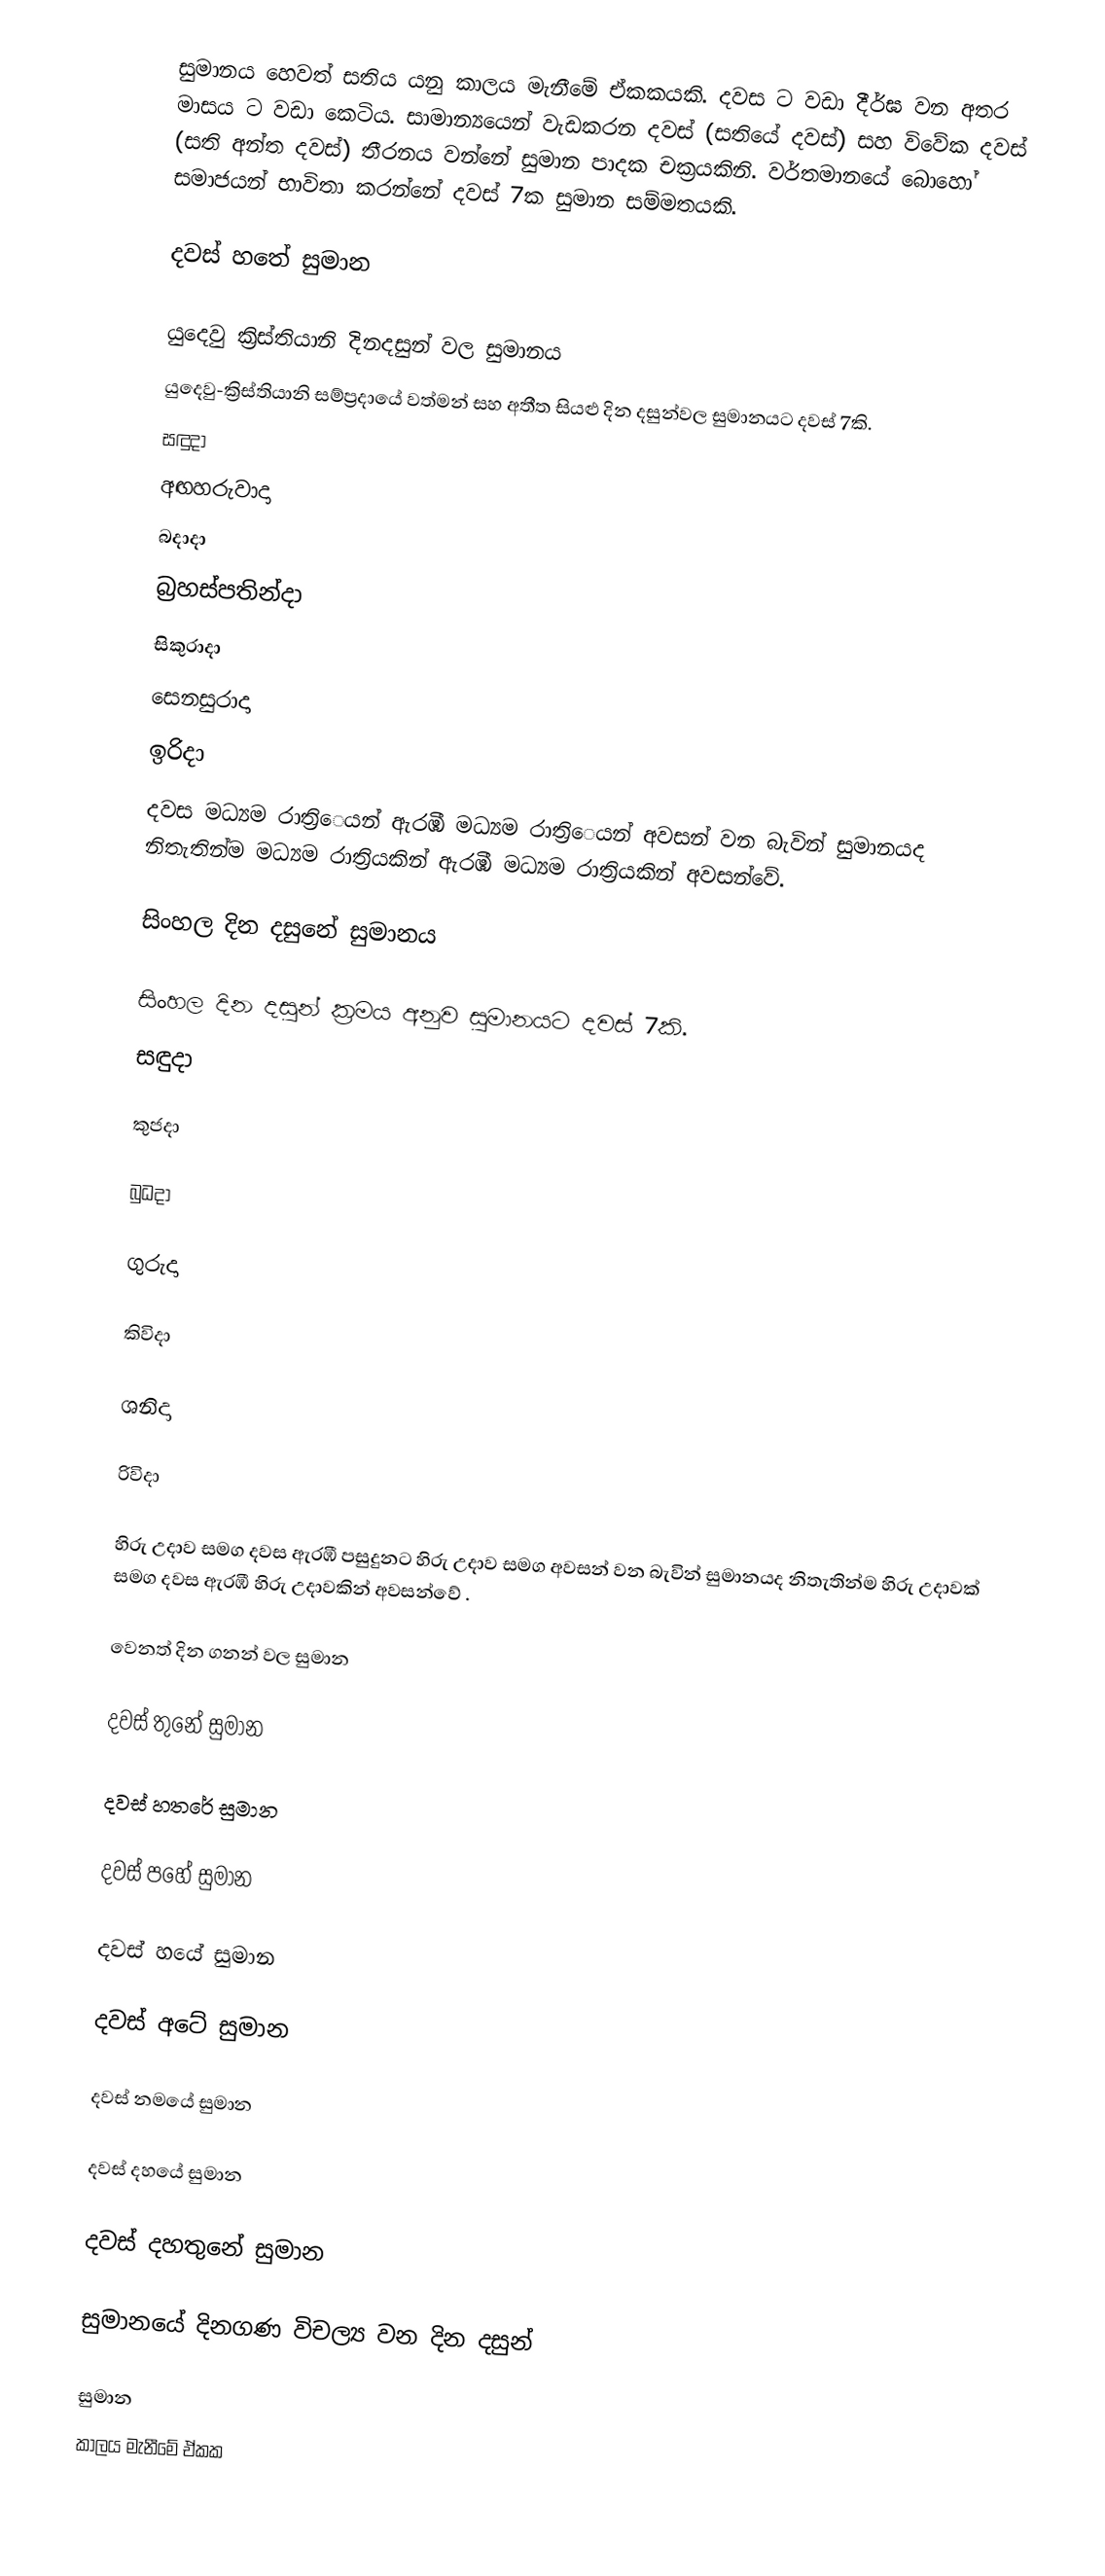
සුමානය හෙවත් සතිය යනු කාලය මැනීමේ ඒකකයකි. දවස ට වඩා දීර්ඝ වන අතර මාසය ට වඩා කෙටිය. සාමාන්‍යයෙන් වැඩකරන දවස් (සතියේ දවස්) සහ විවේක දවස් (සති අන්ත දවස්) තීරනය වන්නේ සුමාන පාදක චක්‍රයකිනි. වර්තමානයේ බොහෝ සමාජයන් භාවිතා කරන්නේ දවස් 7ක සුමාන සම්මතයකි.

දවස් හතේ සුමාන

යුදෙවු ක්‍රිස්තියානි දිනදසුන් වල සුමානය
යුදෙවු-ක්‍රිස්තියානි සම්ප්‍රදායේ වත්මන් සහ අතීත සියළු දින දසුන්වල සුමානයට දවස් 7කි.
 සඳුදා
 අඟහරුවාදා
 බදාදා
 බ්‍රහස්පතින්දා
 සිකුරාදා
 සෙනසුරාදා
 ඉරිදා
දවස මධ්‍යම රාත්‍රිෙයන්  ඇරඹී  මධ්‍යම රාත්‍රිෙයන් අවසන් වන බැවින් සුමානයද නිතැතින්ම  මධ්‍යම රාත්‍රියකින්  ඇරඹී  මධ්‍යම රාත්‍රියකින්  අවසන්වේ.

සිංහල දින දසුනේ සුමානය

සිංහල දින දසුන් ක්‍රමය අනුව  සුමානයට දවස් 7කි.
සඳුදා

කුජදා

බුධදා

ගුරුදා

කිවිදා

ශනිදා

රිවිදා

හිරු උදාව සමග දවස ඇරඹී පසුදුනට හිරු උදාව සමග අවසන් වන බැවින් සුමානයද නිතැතින්ම  හිරු උදාවක් සමග දවස ඇරඹී හිරු උදාවකින් අවසන්වේ .

වෙනත් දින ගනන් වල සුමාන

දවස් තුනේ සුමාන

දවස් හතරේ සුමාන

දවස් පහේ සුමාන

දවස් හයේ සුමාන

දවස් අටේ සුමාන

දවස් නමයේ සුමාන

දවස් දහයේ සුමාන

දවස් දහතුනේ සුමාන

සුමානයේ දිනගණ විචල්‍ය වන දින දසුන්

සුමාන
කාලය මැනීමේ ඒකක